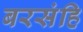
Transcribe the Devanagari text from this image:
बरसंहि